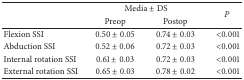
|  | <COLSPAN=2> Media ± DS | P |
 |  | Preop | Postop |
 | --- | --- | --- | --- |
 | Flexion SSI | 0.50 ± 0.05 | 0.74 ± 0.03 | <0.001 |
 | Abduction SSI | 0.52 ± 0.06 | 0.72 ± 0.03 | <0.001 |
 | Internal rotation SSI | 0.61 ± 0.03 | 0.72 ± 0.03 | <0.001 |
 | External rotation SSI | 0.65 ± 0.03 | 0.78 ± 0.02 | <0.001 |